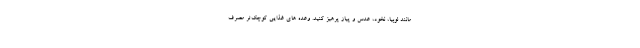
مانند لوبیا، نخود، عدس و پیاز پرهیز کنید. وعده های غذایی کوچک‌تر مصرف